Report on lock hospitals in British Burma
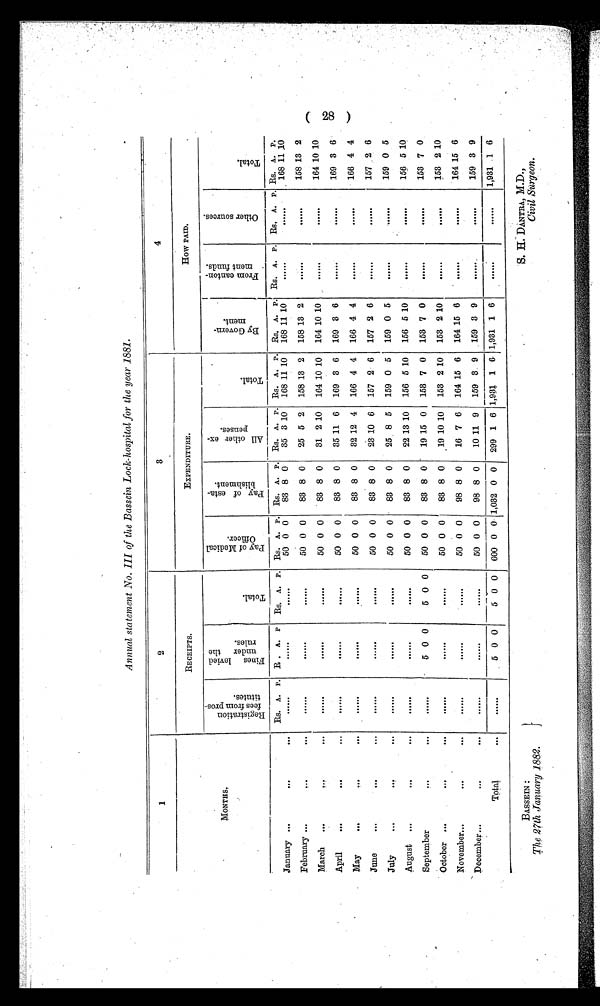
BASSEIN
The 27th January 1882.
S. H. DANTRA, M.D.,
Civil Surgeon.
Annual statement No. III of the Bassein Lock-hospital for the year 1881.
1
2
3
4
R E C E I P T S .
EXPENDITURE.
HOW PAID.
MONTHS.
R e g i s t r a t i o n f e e s f r o m p r o s t i t u t e s .
F i n e s l e v i e d u n d e r t h e r u l e s .
T o t a l .
P a y o f M e d i c a l O f f i c e r .
P a y o f e s t a b l i s h m e n t .
A l l o t h e r e x p e n s e s .
T o t a l .
B y G o v e r n m e n t .
F r o m c a n t o n m e n t f u n d s .
O t h e r s o u r c e s .
T o t a l .
Rs. A. P. R . A. P Rs. A. P. Rs. A. P. Rs. A. P. Rs. A. P. Rs. A. P. Rs. A. P. Rs. A. P. Rs, A. P. Rs. A. P.
January ...
. . .
. . . ......
......
......
50 0 0
83 8 0
35 3 10 168 11 10
168 11 10
. . . . . .
. . . . . . 168 1111 1 0
February ...
. . .
... ......
......
......
50 0 0
83 8 0
25 5 2 158 13 2 158 13 2
. . . . . .
. . . . . . 158 13 2
March
..
. . .
... ......
......
......
50 0 0
83 8 0
31 2 10 164 10 10 164 10 10
. . . . . .
. . . . . . 164 10 10
April
...
. . .
...
. . . . . .
. . . . . .
. . . . . .
50 0 0
83 8 0
35 11 6 169 3 6 169 3 6
. . . . . .
. . . . . . 169 3 6
May
...
...
... ......
......
......
50 0 0
83 8 0
32 12 4 166 4 4 166 4 4
......
. . . . . .
166 4 4
June
...
...
... ......
......
......
50 0 0
83 8 0
23 10 6 157 2 6 157 2 6 ......
. . . . . .
157 2 6
July
...
. . .
... ......
......
......
50 0 0
83 8 0
25 8 5 159 0 5 159 0 5 ......
......
159 0 5
August ...
. . .
... ......
......
......
50 0 0
83 8 0
22 13 10 156 5 10 156 5 10 ......
. . . . . . 156 5 10
September
. . .
...
......
5 0 0
5 0 0
50 0 0
83 8 0
19 15 0 153 7 0 153 7 0 ......
. . . . . . 153 7 0
October ...
. . .
. . . ......
...... ......
50 0 0
83 8 0
19 10 10
153 2 10 153 2 10 ......
. . . . . . 153 2 10
November...
. . .
... ......
...... ......
50 0 0
98 8 0
16 7 6 164 15 6 164 15 6 ......
. . . . . . 164 15 6
December...
. . .
... ......
...... ......
50 0 0
98 8 0
10 11 9
159 3 9
159 3 9
. . . . . . 159 3 9
T o t a l .
. . . ......
5 0 0
5 0 0 600 0 0 1,032 0 0 299 1 6 1,931 1 6 1,931 1 6 ......
. . . . . . 1,931 .1 6
L28\D
GO